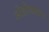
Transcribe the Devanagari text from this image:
ओहोळातच